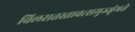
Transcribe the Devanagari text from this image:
विलसतस्तावत्समुज्जृंभते